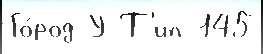
Го́род У Т'ип 145